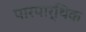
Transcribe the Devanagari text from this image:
पारपार्थिक